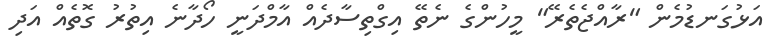
އަޅުގަނޑުމެން "ރާއްޖެތެރޭ" މީހުންގެ ނެތޭ އިގްތިސާދެއް އާމްދަނީ ހޯދާނެ އިތުރު ގޮތެއް އަދި